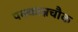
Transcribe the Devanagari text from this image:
पक्कान्नचौक